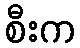
စီးက